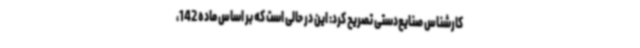
کارشناس صنایع‌دستی تصریح کرد: این در حالی است که بر اساس ماده 142،